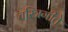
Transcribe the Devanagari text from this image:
चरित्रगीते